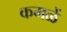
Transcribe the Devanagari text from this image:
कमळें